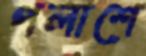
পলাশে